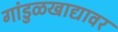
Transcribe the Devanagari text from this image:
गांडुळखाद्यावर